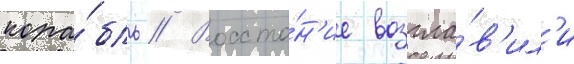
кора́бль // Восста́н'ие возгла́в'ил'и